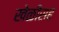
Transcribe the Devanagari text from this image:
खेळीसह